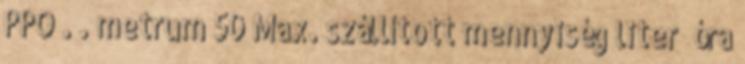
PPO . . metrum 50 Max. szállított mennyiség liter óra